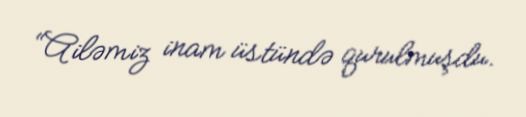
“Ailəmiz inam üstündə qurulmuşdu.